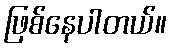
ဖြစ်နေပါတယ်။